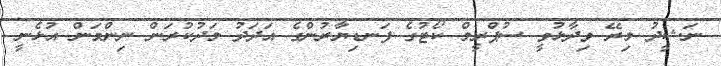
ނަޝީދު މިރޭ ވިދާޅުވީ ސުޕްރީމް ކޯޓުގެ ފަނޑިޔާރުންގެ އަދަދު މަދުކުރަން ނިންމަން އުޅެނީ